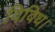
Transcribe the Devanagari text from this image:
विविध।